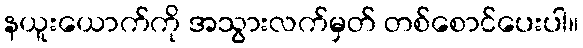
နယူးယောက်ကို အသွားလက်မှတ် တစ်စောင်ပေးပါ။